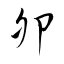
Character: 卵